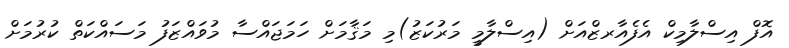
އޮފް އިސްލާމިކް އެފެއާރޒްއަށް (އިސްލާމީ މަރުކަޒު)މި މަޤާމަށް ހަމަޖައްސާ މުވައްޒަފު މަސައްކަތް ކުރުމަށް